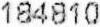
184810